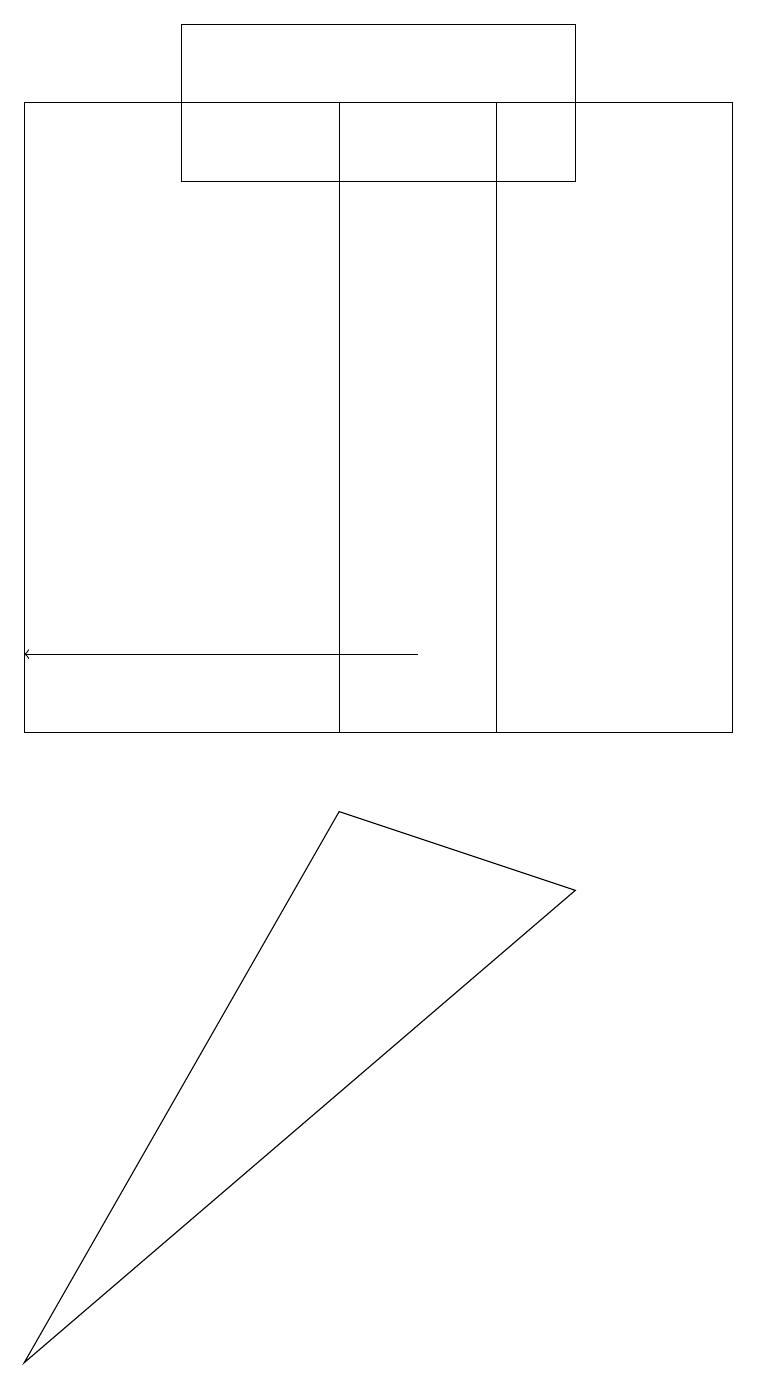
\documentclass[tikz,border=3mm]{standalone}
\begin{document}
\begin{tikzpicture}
\draw (0,10) rectangle (9,18);
\draw (7,19) rectangle (2,17);
\draw (6,18) rectangle (4,10);
\draw[->] (5,11) -- (0,11);
\draw (7,8) -- (0,2) -- (4,9) -- cycle;
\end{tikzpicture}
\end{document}